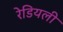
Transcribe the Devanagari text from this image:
रेडियली